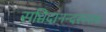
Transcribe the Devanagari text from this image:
सच्चिदानन्दरूपाय